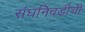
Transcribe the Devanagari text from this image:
संघनिवडीची